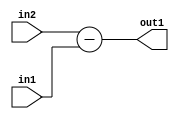
`timescale 1ps / 1ps
/*****************************************************************************
    Verilog RTL Description
    
    
    Created by: Stratus DpOpt 21.05.01 
*******************************************************************************/

module SobelFilter_Sub_6Sx3U_6S_4 (
	in2,
	in1,
	out1
	); /* architecture "behavioural" */ 
input [5:0] in2;
input [2:0] in1;
output [5:0] out1;
wire [5:0] asc001;

assign asc001 = 
	+(in2)
	-(in1);

assign out1 = asc001;
endmodule

/* CADENCE  ubDwSwE= : u9/ySxbfrwZIxEzHVQQV8Q== ** DO NOT EDIT THIS LINE ******/